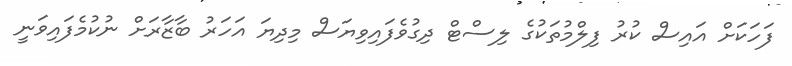
ފަހަކަށް އައިސް ކުރު ފިލްމުތަކުގެ ލިސްޓް ދިގުވެފައިވިޔަސް މިދިޔަ އަހަރު ބާޒާރަށް ނުކުމެފައިވަނީ